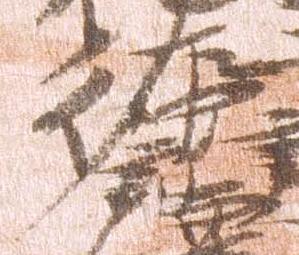
左